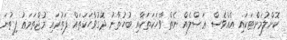
ކޮށްލުމަށްޓަކައި އެއްވެސް ޢަޞްލެއް ނެތް ވާހަކަތަކާއި ބުހުތާނު ދޮގުވާހަކަތައް ފަތުރައި މުޖްތަމަޢު ފިތުނަ